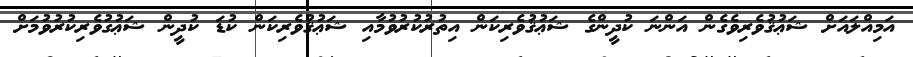
އަމިއްލައަށް ޝަޢުޤުވެރިވެގެން އަންނަ ކުދީންގެ ޝަޢުޤުވެރިކަން އިތުރުކުރުވުމާއި ޝަޢުޤުވެރިކަން ކުޑަ ކުދީން ޝަޢުގުވެރިކުރުވުމަށް